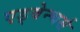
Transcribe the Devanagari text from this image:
एड्वेन्चर्स